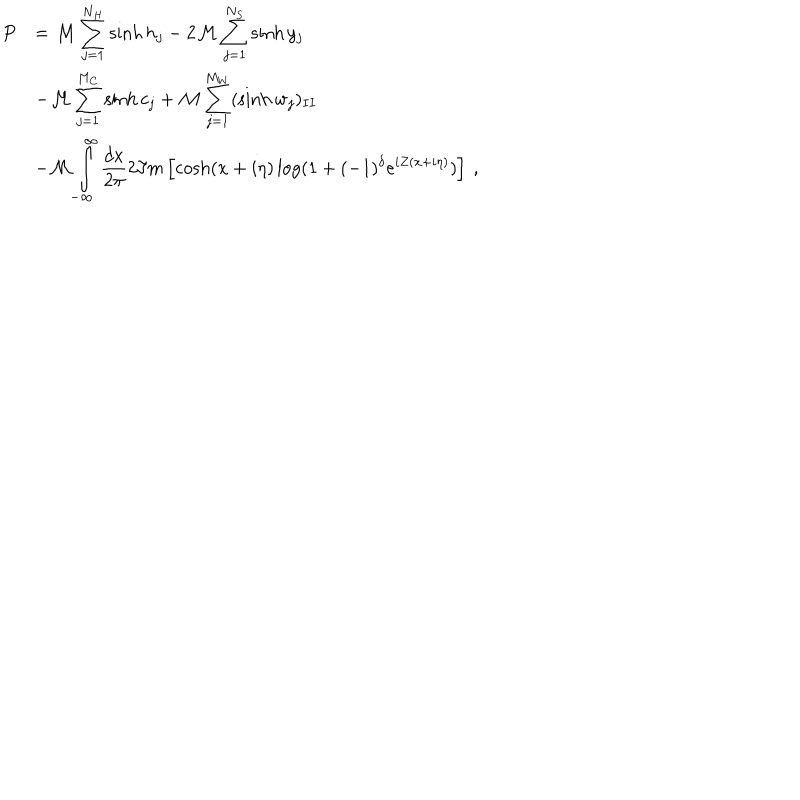
\begin{array} { r l } { { \displaystyle P } } & { { = { \cal M } \displaystyle \sum _ { j = 1 } ^ { N _ { H } } \sinh h _ { j } - 2 { \cal M } \displaystyle \sum _ { j = 1 } ^ { N _ { S } } \sinh y _ { j } } } \\ { { } } & { { - { \cal M } \displaystyle \sum _ { j = 1 } ^ { M _ { C } } \sinh c _ { j } + { \cal M } \displaystyle \sum _ { j = 1 } ^ { M _ { W } } ( \sinh w _ { j } ) _ { I I } } } \\ { { } } & { { - { \cal M } \displaystyle \int _ { - \infty } ^ { \infty } \displaystyle \frac { d x } { 2 \pi } 2 \Im m \left[ \cosh ( x + i \eta ) \log ( 1 + ( - 1 ) ^ { \delta } e ^ { i Z ( x + i \eta ) } ) \right] \: , } } \\ \end{array}